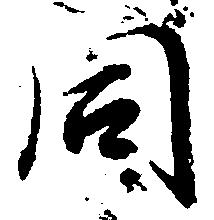
同